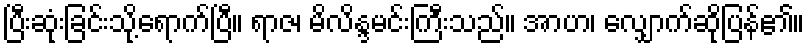
ပြီးဆုံးခြင်းသို့ရောက်ပြီ။ ရာဇ၊ မိလိန္ဒမင်းကြီးသည်။ အာဟ၊ လျှောက်ဆိုပြန်၏။